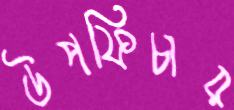
উপফিচার